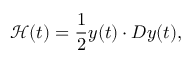
\mathcal { H } ( t ) = \frac { 1 } { 2 } \boldsymbol { y } ( t ) \cdot \boldsymbol { D } \boldsymbol { y } ( t ) ,